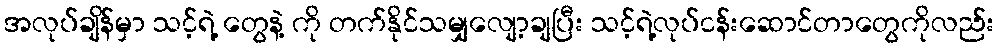
အလုပ်ချိန်မှာ သင့်ရဲ့ တွေနဲ့ ကို တက်နိုင်သမျှလျော့ချပြီး သင့်ရဲ့လုပ်ငန်းဆောင်တာတွေကိုလည်း